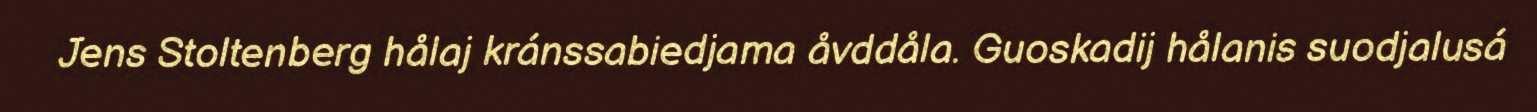
Jens Stoltenberg hålaj kránssabiedjama åvddåla. Guoskadij hålanis suodjalusá